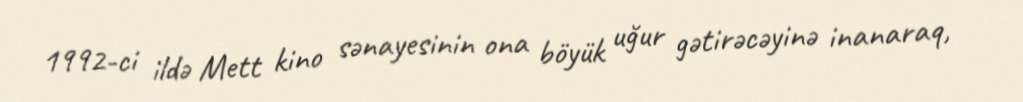
1992-ci ildə Mett kino sənayesinin ona böyük uğur gətirəcəyinə inanaraq,